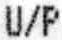
U/P